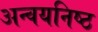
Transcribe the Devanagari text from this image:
अन्वयनिष्ठ